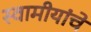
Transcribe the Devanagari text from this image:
स्वामीयांचे